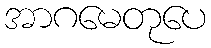
အာဂမေတုပေ